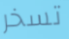
تسخر